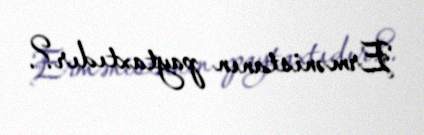
Ermənistanın paytaxtıdır?.